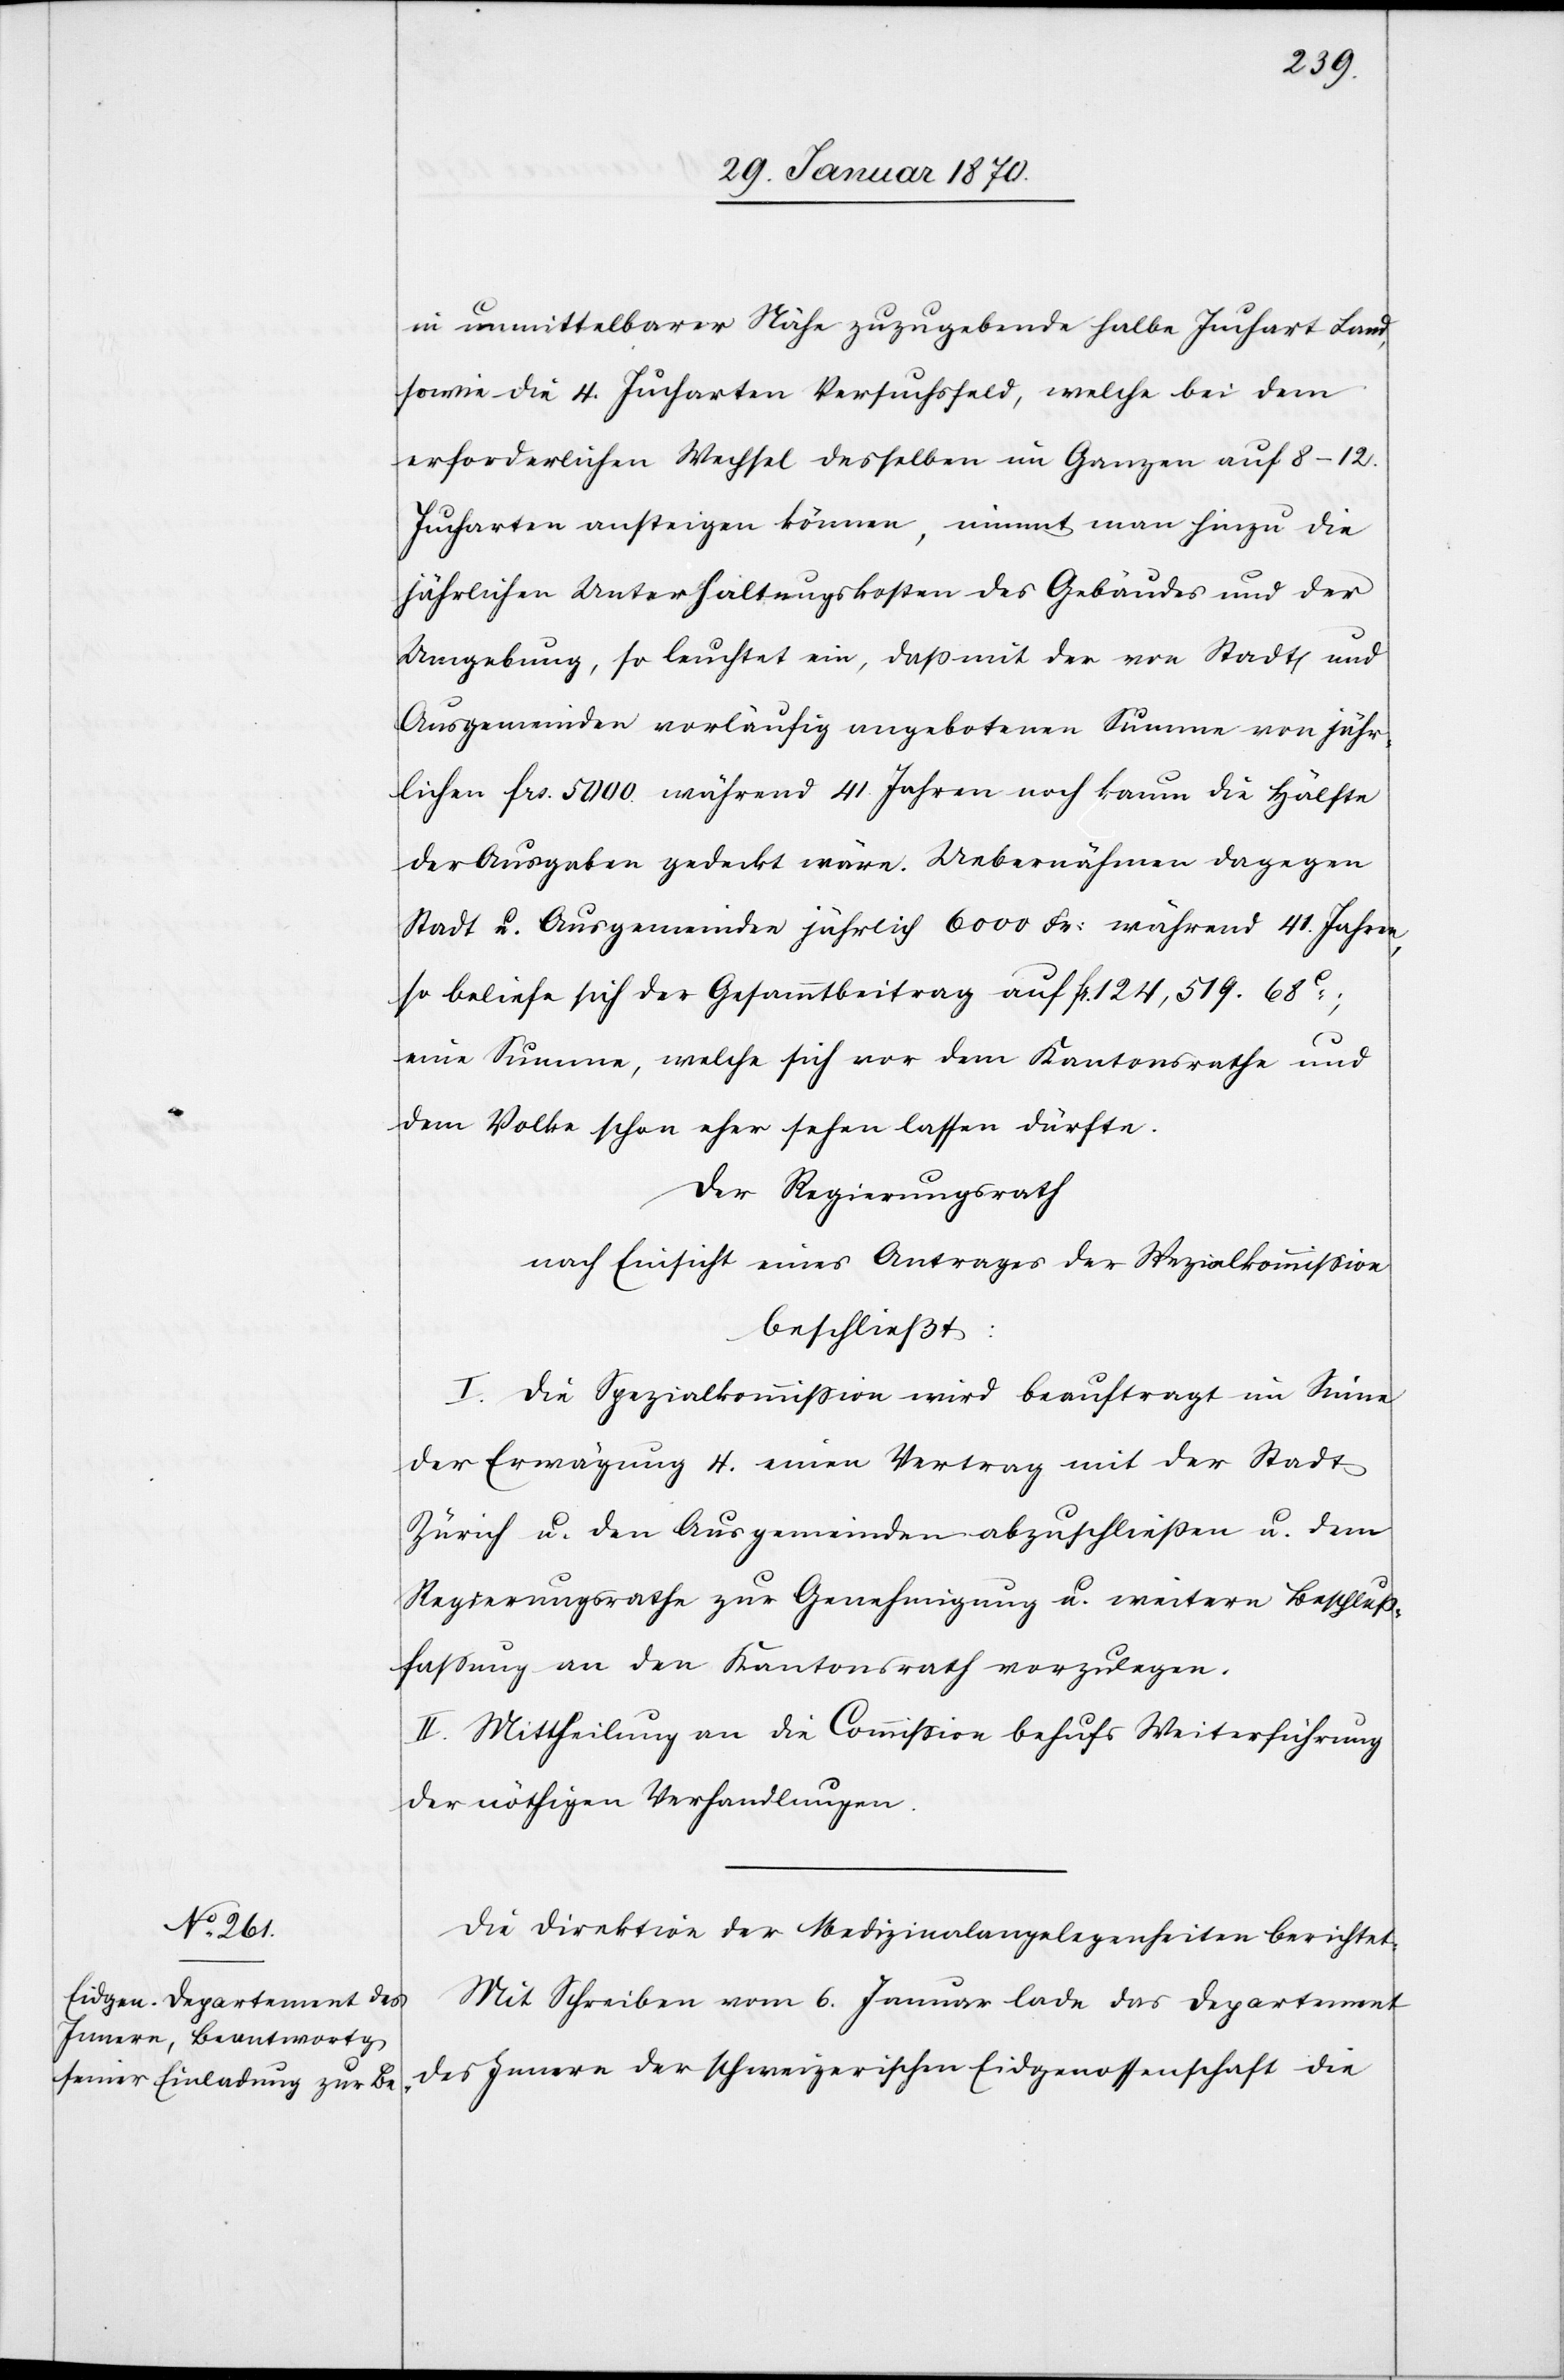
in unmittelbarer Nähe zuzugebende halbe Juchart Land,
sowie die 4. Jucharten Versuchsfeld, welche bei dem
erforderlichen Wechsel desselben im Ganzen auf 8–12.
Jucharten ansteigen können, nimmt man hinzu die
jährlichen Unterhaltungskosten des Gebäudes und der
Umgebung, so leuchtet ein, daß mit der von Stadt und
Ausgemeinden vorläufig angebotenen Summe von jähr¬
lichen frs. 5000. während 41. Jahren noch kaum die Hälfte
der Ausgaben gedeckt wäre. Uebernähmen dagegen
Stadt u. Ausgemeinden jährlich 6000 Fr: während 41. Jahren,
so beliefe sich der Gesammtbeitrag auf fr. 124,519.68c;
eine Summe, welche sich vor dem Kantonsrathe und
dem Volke schon eher sehen lassen dürfte.
Der Regierungsrath
nach Einsicht eines Antrages der Spezialkommission
beschließt:
I. Die Spezialkommission wird beauftragt im Sinne
der Erwägung 4. einen Vertrag mit der Stadt
Zürich u. den Ausgemeinden abzuschließen u. dem
Regierungsrathe zur Genehmigung u. weitern Beschluß¬
fassung an den Kanotnsrath vorzulegen.
II. Mittheilung an die Commission behufs Weiterführung
der nöthigen Verhandlungen.
Die Direktion der Medizinalangelegenheiten berichtet:
Mit Schreiben vom 6. Januar lade das Departement
des Innern der Schweizerischen Eidgenossenschaft die